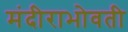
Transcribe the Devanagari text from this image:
मंदीराभोवती